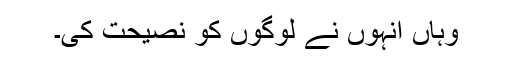
وہاں انہوں نے لوگوں کو نصیحت کی۔